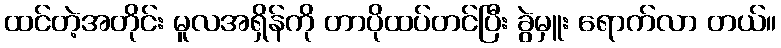
ထင်တဲ့အတိုင်း မူလအရှိန်ကို တာပိုထပ်တင်ပြီး ခွဲမှူး ရောက်လာ တယ်။